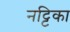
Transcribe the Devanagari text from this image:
नट्टिका